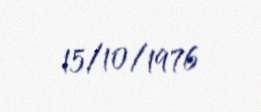
15/10/1976